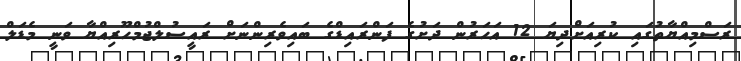
ރަސްމިއްޔާތުގައި ކުރިއަށްދިޔަ 12 އަހަރުން ދަށުގެ ފަންރައިޑްގެ ބައިވެރިންނަށް ރައީސުލްޖުމްހޫރިއްޔާ ވަނީ މެޑަލް